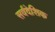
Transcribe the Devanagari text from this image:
सर्वदेशिक